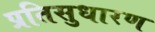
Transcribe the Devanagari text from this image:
प्रतिसुधारण